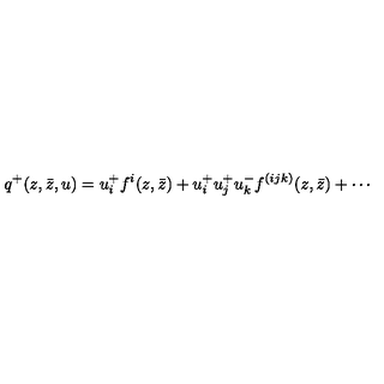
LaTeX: q ^ { + } ( z , \bar { z } , u ) = u _ { i } ^ { + } f ^ { i } ( z , \bar { z } ) + u _ { i } ^ { + } u _ { j } ^ { + } u _ { k } ^ { - } f ^ { ( i j k ) } ( z , \bar { z } ) + \cdots